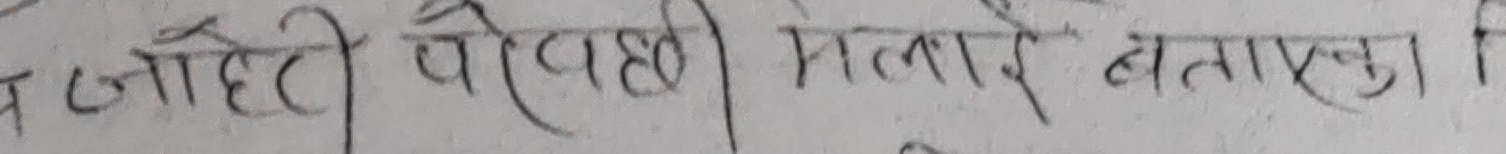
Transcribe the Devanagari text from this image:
जोही पोराही मलाई बताउनु